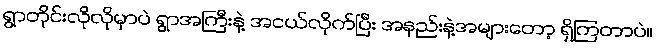
ရွာတိုင်းလိုလိုမှာပဲ ရွာအကြီးနဲ့ အငယ်လိုက်ပြီး အနည်းနဲ့အများတော့ ရှိကြတာပဲ။